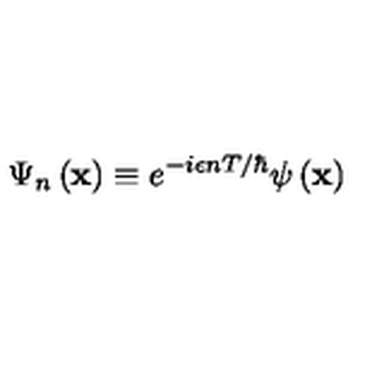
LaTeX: \Psi _ { n } \left( \mathbf { x } \right) \equiv e ^ { - i \epsilon n T / \hbar } \psi \left( \mathbf { x } \right)